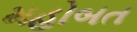
મહોબત